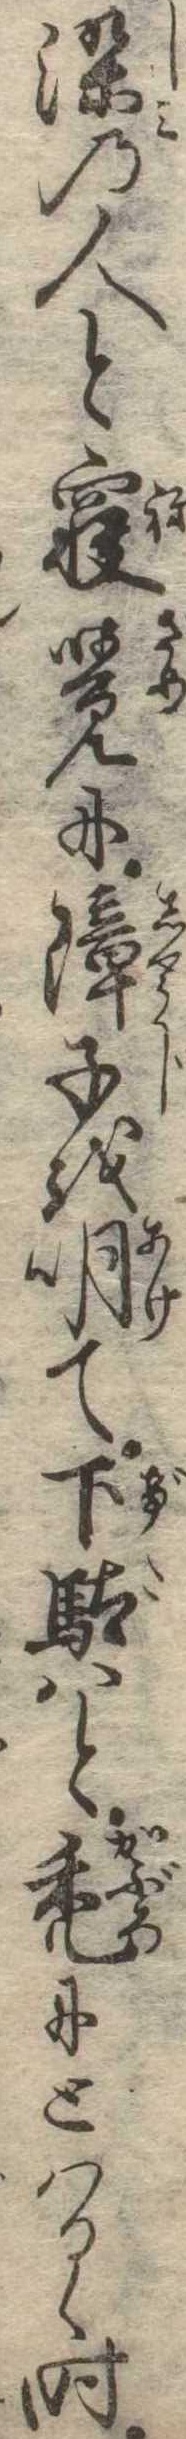
染の人と寝覚に障子を明て下駄はと禿にとはるゝ時